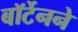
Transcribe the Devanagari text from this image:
बॉर्टेनने